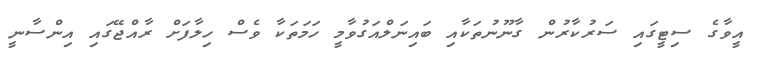
އީވާގެ ސިޓީގައި ސަރުކާރުން ގާނޫނުތަކާއި ބައިނަލްއަގުވާމީ ހަމަތަކާ ވެސް ހިލާފަށް ރާއްޖޭގައި އިންސާނީ